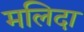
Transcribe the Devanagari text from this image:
मलिदा